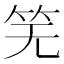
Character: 𫁲